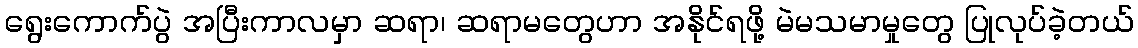
ရွေးကောက်ပွဲ အပြီးကာလမှာ ဆရာ၊ ဆရာမတွေဟာ အနိုင်ရဖို့ မဲမသမာမှုတွေ ပြုလုပ်ခဲ့တယ်